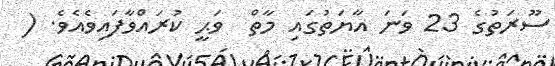
ސޫރަތުގެ 23 ވަނަ އާޔަތުގައި މާތް  ވަޙީ ކުރައްވާފައިވެއެވެ. (